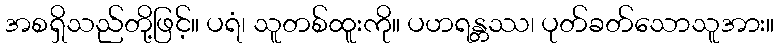
အစရှိသည်တို့ဖြင့်။ ပရံ၊ သူတစ်ထူးကို။ ပဟရန္တဿ၊ ပုတ်ခတ်သောသူအား။